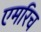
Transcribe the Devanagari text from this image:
एमरिच